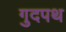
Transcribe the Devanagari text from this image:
गुदपथ